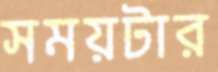
সময়টার